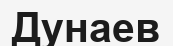
Дунаев